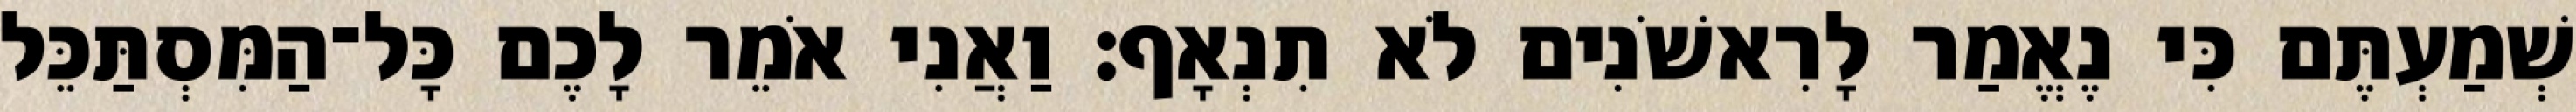
שְׁמַעְתֶּם כִּי נֶאֱמַר לָרִאשֹׁנִים לֹא תִנְאָף׃ וַאֲנִי אֹמֵר לָכֶם כָּל־הַמִּסְתַּכֵּל